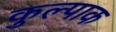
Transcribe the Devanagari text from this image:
कुल्पाक